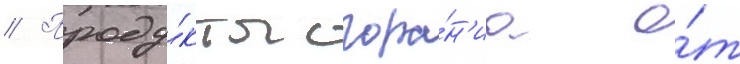
// Проду́кты сгора́н'иа о́т